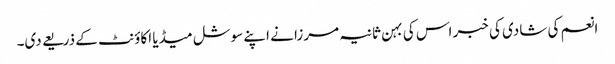
انعم کی شادی کی خبر اس کی بہن ثانیہ مرزا نے اپنے سوشل میڈیا اکاؤنٹ کے ذریعے دی۔